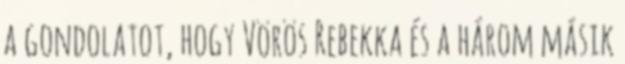
a gondolatot, hogy Vörös Rebekka és a három másik